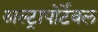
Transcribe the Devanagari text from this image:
अल्ट्रापोर्टेबल